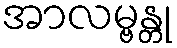
အာလမ္ဗန္တု